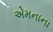
એમનાના